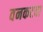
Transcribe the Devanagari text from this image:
वनकटवा